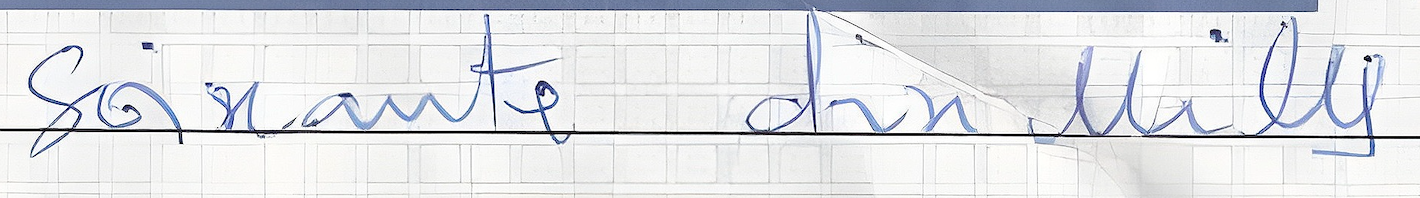
Soixante dix Mille